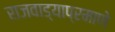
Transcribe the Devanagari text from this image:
राजवाड्याप्रमाणे